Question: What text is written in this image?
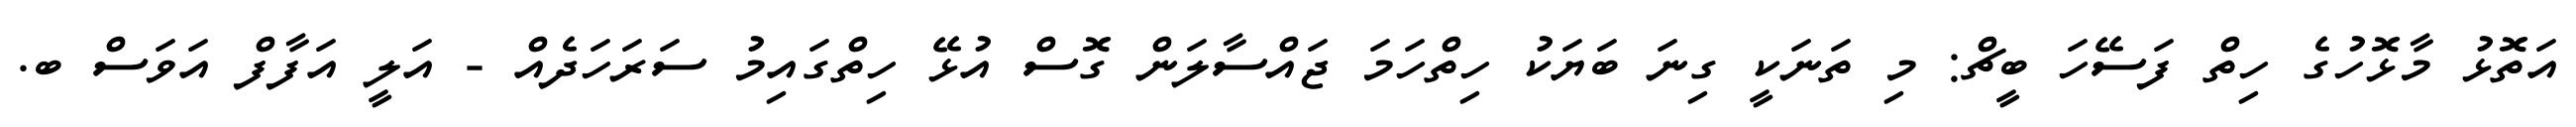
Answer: އަތޮޅު މާޅޮހުގެ ހިތް ފަސޭހަ ބީޗް: މި ތަނަކީ ގިނަ ބަޔަކު ހިތްހަމަ ޖައްސާލަން ގޮސް އުޅޭ ހިތްގައިމު ސަރަހަދެއް - އަލީ އަފާފް އަވަސް ބ.